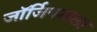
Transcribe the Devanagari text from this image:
जॉर्जियनाला